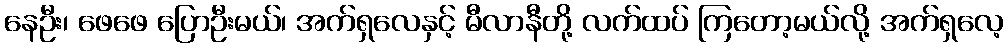
နေဦး၊ ဖေဖေ ပြောဦးမယ်၊ အက်ရှလေနှင့် မီလာနီတို့ လက်ထပ် ကြတော့မယ်လို့ အက်ရှလေ့